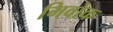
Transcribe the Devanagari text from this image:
मिवोक